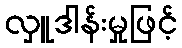
လှူဒါန်းမှုဖြင့်